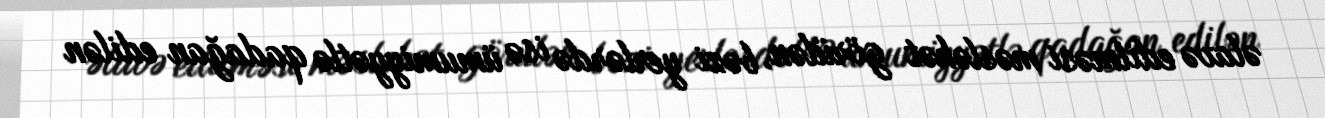
əlavə edilməsi məsləhət görülən, bəzi yerlərdə isə ümumiyyətlə qadağan edilən